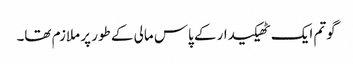
گوتم ایک ٹھیکیدار کے پاس مالی کے طور پر ملازم تھا۔